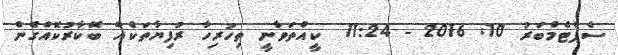
ސެޕްޓެމްބަރު 10